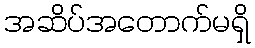
အဆိပ်အတောက်မရှိ